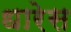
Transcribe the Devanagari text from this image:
धारेस